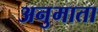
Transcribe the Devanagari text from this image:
अनुमाता